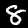
Digit: 8